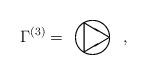
LaTeX: \begin{align*}\Gamma^{(3)}=\setlength{\unitlength}{1pt}\begin{picture}(40,24)(-18,-3)\thicklines\put(0,0){\circle{24}}\put(12,0){\line(-5,3){18.174}}\put(12,0){\line(-5,-3){18.174}}\put(-6.174,10.290){\line(0,-1){20.58}}\end{picture} ,\end{align*}